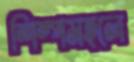
শিল্পমহলে